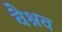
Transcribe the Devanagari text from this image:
वैश्नव